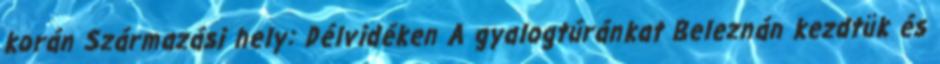
korán Származási hely: Délvidéken A gyalogtúránkat Beleznán kezdtük és